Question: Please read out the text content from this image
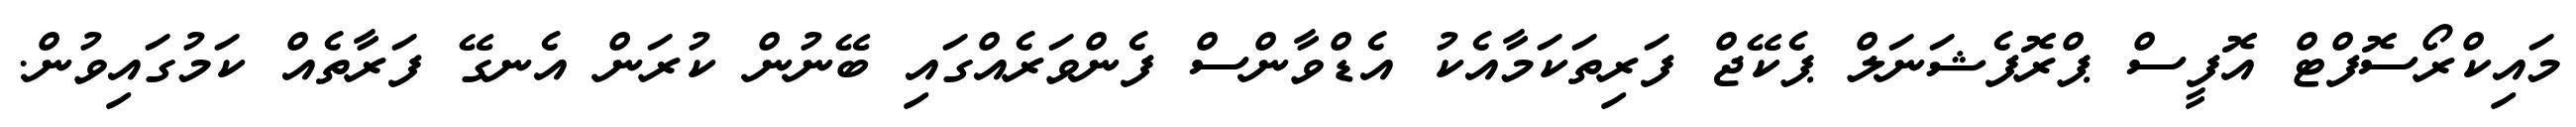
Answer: މައިކްރޯސޮފްޓް އޮފީސް ޕްރޮފެޝަނަލް ޕެކޭޖް ފަރިތަކަމާއެކު އެޑްވާންސް ފެންވަރެއްގައި ބޭނުން ކުރަން އެނގޭ ފަރާތެއް ކަމުގައިވުން.